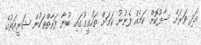
އަދި ވަރަށް ސާފުކޮށް ކަމެއް ފެނުނު ކަމަށް ތަހުގީގުގައި ބުނާ ފަރާތްތަކުން ޝަރީއަތުގެ